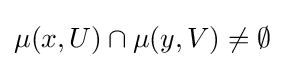
\mu (x,U)\cap \mu (y,V)\neq \emptyset